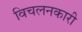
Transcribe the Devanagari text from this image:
विचलनकारी